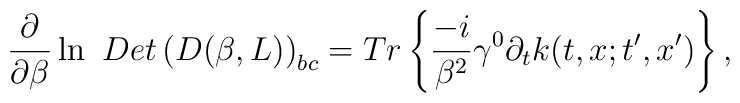
\frac \partial {\partial \beta }\ln \ Det\left( D(\beta,L)\right) _{bc}=Tr\left\{ \frac{-i}{\beta ^2}\gamma ^0\partial_tk(t,x;t^{\prime },x^{\prime })\right\} ,